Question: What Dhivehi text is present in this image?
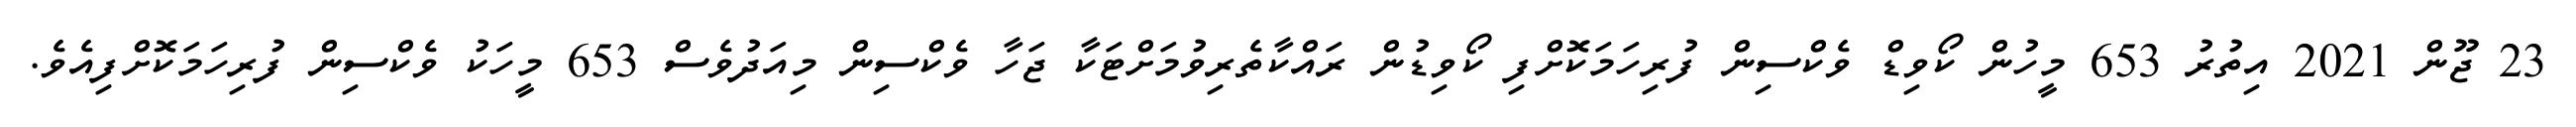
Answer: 23 ޖޫން 2021 އިތުރު 653 މީހުން ކޯވިޑް ވެކްސިން ފުރިހަމަކޮށްފި ކޯވިޑުން ރައްކާތެރިވުމަށްޓަކާ ޖަހާ ވެކްސިން މިއަދުވެސް 653 މީހަކު ވެކްސިން ފުރިހަމަކޮށްފިއެވެ.